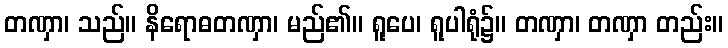
တဏှာ၊ သည်။ နိရောဓတဏှာ၊ မည်၏။ ရူပေ၊ ရူပါရုံ၌။ တဏှာ၊ တဏှာ တည်း။